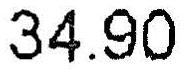
34.90